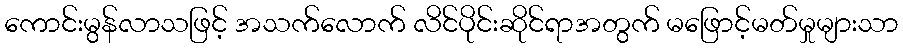
ကောင်းမွန်လာသဖြင့် အသက်လောက် လိင်ပိုင်းဆိုင်ရာအတွက် မဖြောင့်မတ်မှုများသာ